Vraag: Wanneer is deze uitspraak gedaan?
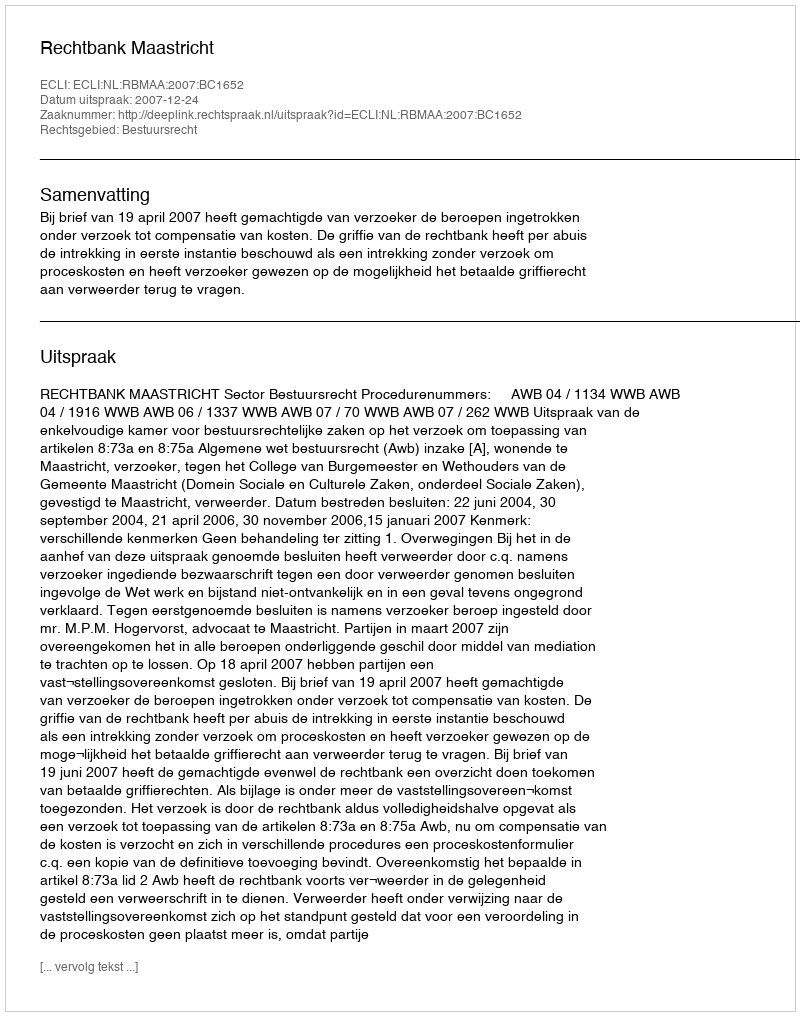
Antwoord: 2007-12-24